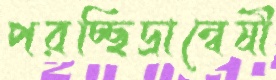
পরচ্ছিদ্রান্বেষী